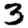
Digit: 3